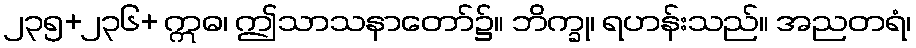
၂၃၅+၂၃၆+ ဣဓ၊ ဤသာသနာတော်၌။ ဘိက္ခု၊ ရဟန်းသည်။ အညတရံ၊